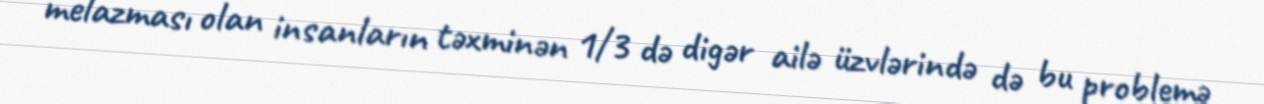
melazması olan insanların təxminən 1/3 də digər ailə üzvlərində də bu problemə